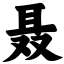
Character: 聂